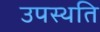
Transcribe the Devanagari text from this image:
उपस्थति